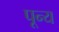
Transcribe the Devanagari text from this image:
पून्य